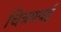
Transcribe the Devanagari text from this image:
चित्रपवई